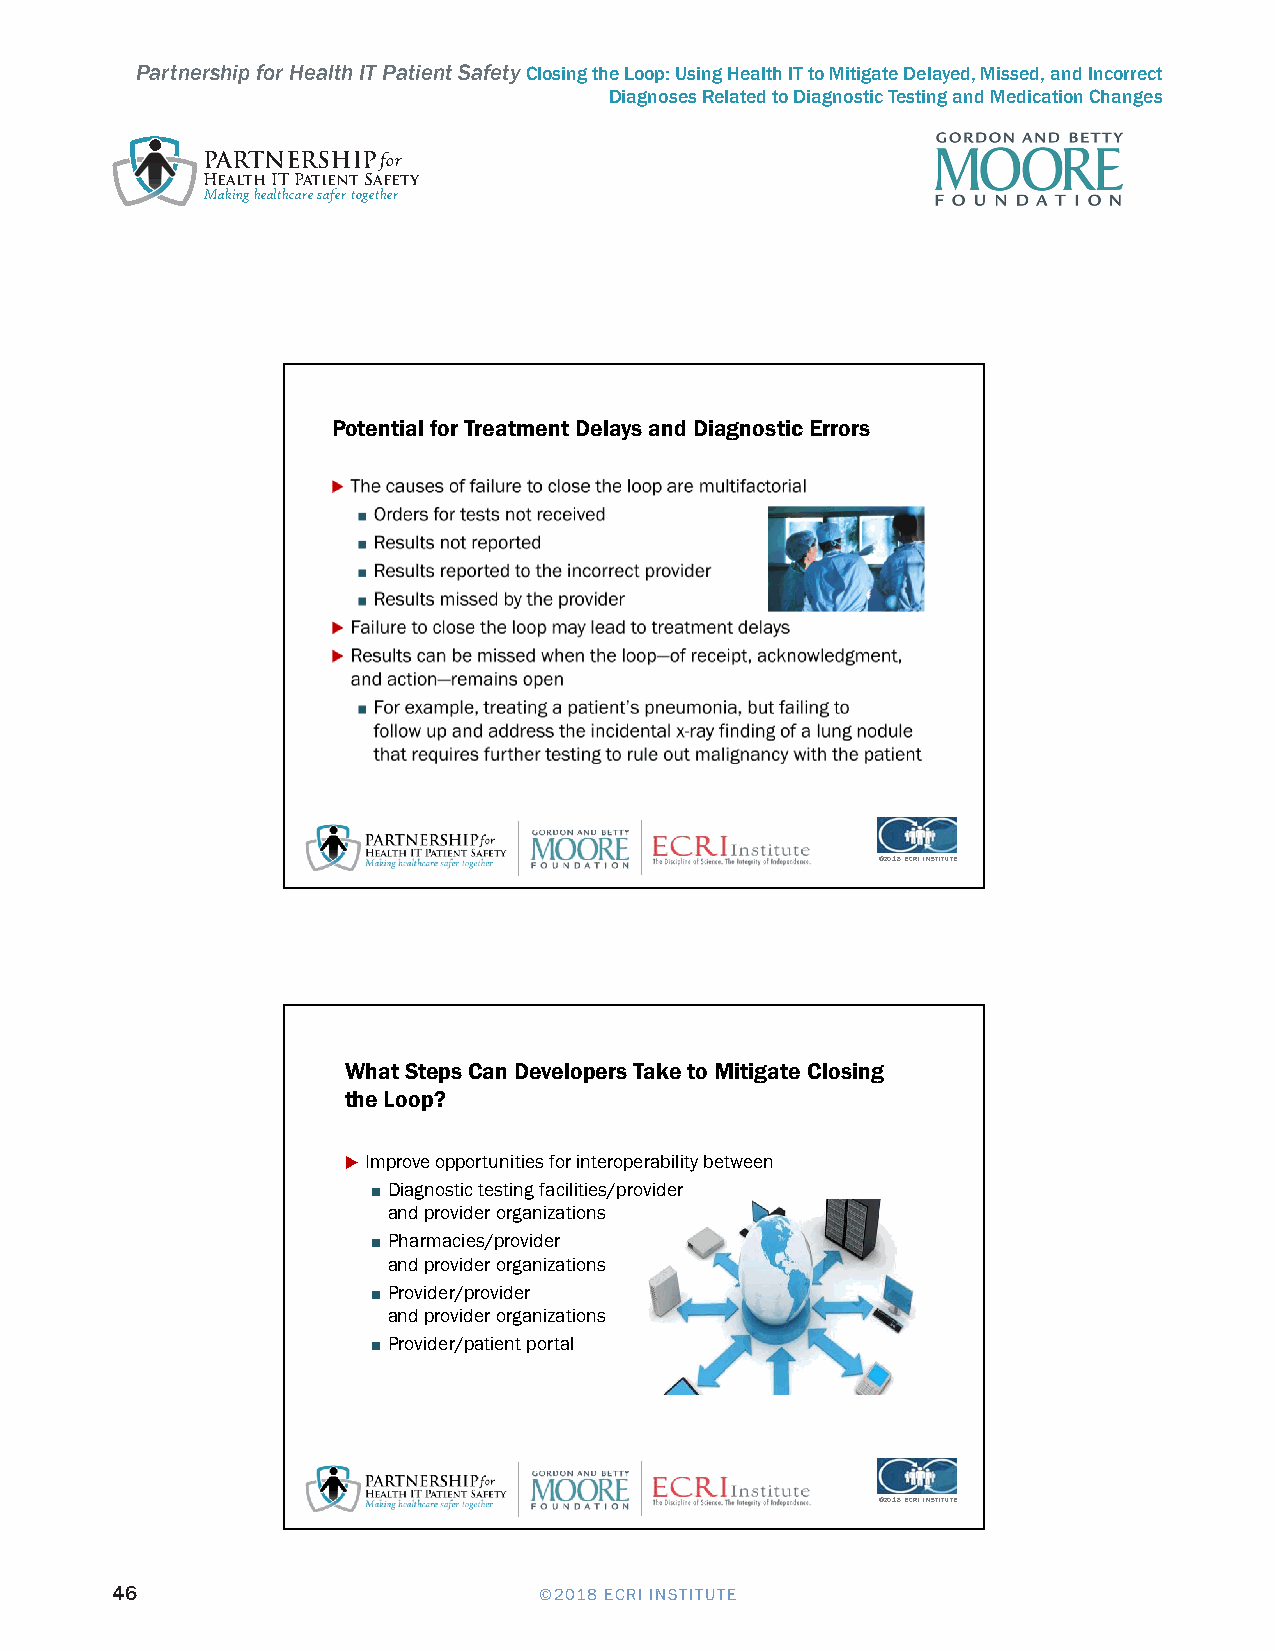
Partnership for Health IT Patient Safety Closing the Loop: Using Health IT to Mitigate Delayed, Missed, and Incorrect
 Diagnoses Related to Diagnostic Testing and Medication Changes
 PARTNERSHIPfor
 Health IT Patient Safety
 Making healthcare safer together
 Health IT Safe Practices for Closing the Loop                     5/4/2018
 Potential for Treatment Delays and Diagnostic Errors
 ©2018 ECRI INSTITUTE
 What Steps Can Developers Take to Mitigate Closing
 the Loop?
 Improve opportunities for interoperability between
 ■ Diagnostic testing facilities/provider
 and provider organizations
 ■ Pharmacies/provider
 and provider organizations
 ■ Provider/provider
 and provider organizations
 ■ Provider/patient portal
 ©2018 ECRI INSTITUTE
 46                           ©2018 ECRI INSTITUTE
 Recommendations for Health IT Product
 Management and Development                                             3